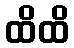
ထိထိ